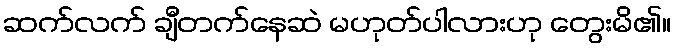
ဆက်လက် ချီတက်နေဆဲ မဟုတ်ပါလားဟု တွေးမိ၏။